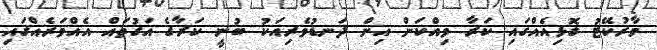
މާރުކޭޓު ގޮޅިއެއްގައި ކަރާ ވިއްކަން އިން ދަނޑުވެރިއަކު ބުނީ ކަރާގެ އަގުތައް އެއްވަރެއްގައި